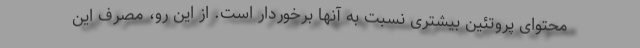
محتوای پروتئین بیشتری نسبت به آنها برخوردار است. از این رو، مصرف این